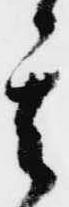
其